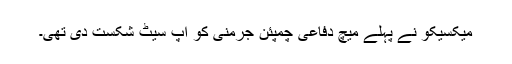
میکسیکو نے پہلے میچ دفاعی چمپئن جرمنی کو اپ سیٹ شکست دی تھی۔